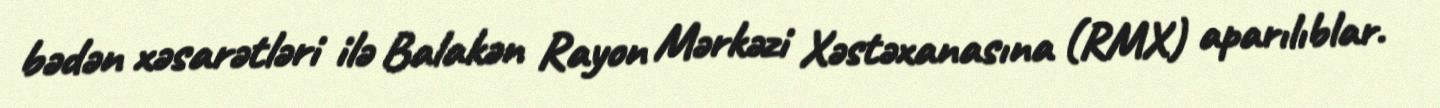
bədən xəsarətləri ilə Balakən Rayon Mərkəzi Xəstəxanasına (RMX) aparılıblar.